Madras plague regulations in force outside the Presidency town - Volume 1
Disease focus: Plague
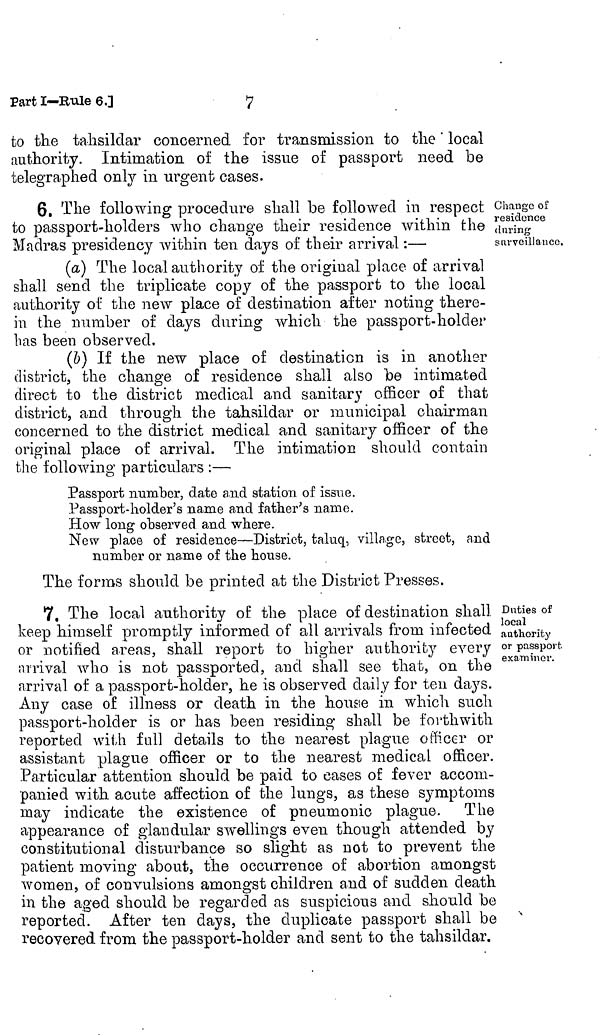
7
Part I—Bule 6.]
to the tahsildar concerned for transmission to the ' local
authority. Intimation of the issue of passport need be
telegraphed only in urgent cases.
Change of
residence
during
surveillance.
6, The following procedure shall be followed in respect
to passport-holders who change their residence within the
Madras presidency within ten days of their arrival :—
(a) The local authority of the original place of arrival
shall send the triplicate copy of the passport to the local
authority of the new place of destination after noting there-
in the number of days during which the passport-holder
has been observed.
(b) If the new place of destination is in another
district, the change of residence shall also "be intimated
direct to the district medical and sanitary officer of that
district, and through the tahsildar or municipal chairman
concerned to the district medical and sanitary officer of the
original place of arrival. The intimation should contain
the following particulars :—
Passport number, date and station of issue.
Passport-holder's name and father's name.
How long observed and where.
New place of residence—District, taluq, village, street, and
number or name of the house.
The forms should be printed at the District Presses.
Duties of
local
authority
or passport
examiner.
7. The local authority of the place of destination shall
keep himself promptly informed of all arrivals from infected
or notified areas, shall report to higher authority every
arrival who is not passported, and shall see that, on the
arrival of a passport-holder, he is observed daily for ten days.
Any case of illness or death in the house in which such
passport-holder is or has been residing shall be forthwith
reported with full details to the nearest plague officer or
assistant plague officer or to the nearest medical officer.
Particular attention should be paid to eases of fever accom-
panied with acute affection of the lungs, as these symptoms
may indicate the existence of pneumonic plague. The
appearance of glandular swellings even though attended by
constitutional disturbance so slight as not to prevent the
patient moving about, the occurrence of abortion amongst
women, of convulsions amongst children and of sudden death
in the aged should be regarded as suspicious and should be
reported. After ten days, the duplicate passport shall be
recovered from the passport-holder and sent to the tahsildar.